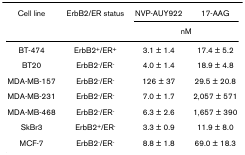
<table><thead><tr><td><b>Cell line</b></td><td><b>ErbB2/ER status</b></td><td><b>NVP-AUY922</b></td><td><b>17-AAG</b></td></tr><tr><td></td><td></td><td colspan="2"><b>nM</b></td></tr></thead><tbody><tr><td>BT-474</td><td>ErbB2<sup>+</sup>/ER<sup>+</sup></td><td>3.1 ± 1.4</td><td>17.4 ± 5.2</td></tr><tr><td>BT20</td><td>ErbB2<sup>-</sup>/ER<sup>-</sup></td><td>4.0 ± 1.4</td><td>18.9 ± 4.8</td></tr><tr><td>MDA-MB-157</td><td>ErbB2<sup>-</sup>/ER<sup>-</sup></td><td>126 ± 37</td><td>29.5 ± 20.8</td></tr><tr><td>MDA-MB-231</td><td>ErbB2<sup>-</sup>/ER<sup>-</sup></td><td>7.0 ± 1.7</td><td>2,057 ± 571</td></tr><tr><td>MDA-MB-468</td><td>ErbB2<sup>-</sup>/ER<sup>-</sup></td><td>6.3 ± 2.6</td><td>1,657 ± 390</td></tr><tr><td>SkBr3</td><td>ErbB2<sup>+</sup>/ER<sup>-</sup></td><td>3.3 ± 0.9</td><td>11.9 ± 8.0</td></tr><tr><td>MCF-7</td><td>ErbB2<sup>-</sup>/ER<sup>-</sup></td><td>8.8 ± 1.8</td><td>69.0 ± 18.3</td></tr></tbody></table>